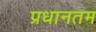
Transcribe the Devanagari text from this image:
प्रधानतम